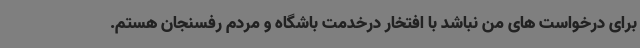
برای درخواست های من نباشد با افتخار درخدمت باشگاه و مردم رفسنجان هستم.